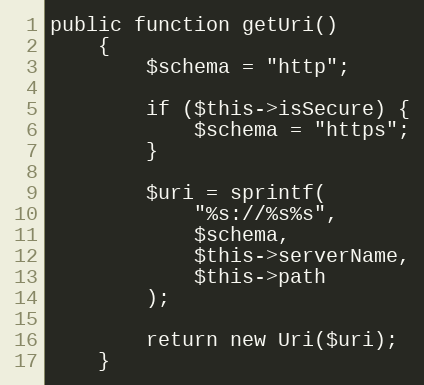
Language: PHP
public function getUri()
    {
        $schema = "http";

        if ($this->isSecure) {
            $schema = "https";
        }

        $uri = sprintf(
            "%s://%s%s",
            $schema,
            $this->serverName,
            $this->path
        );

        return new Uri($uri);
    }